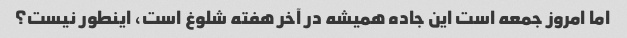
اما امروز جمعه است این جاده همیشه در آخر هفته شلوغ است، اینطور نیست؟